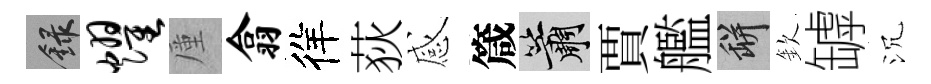
録耀厪翕徉荻感箴簫賈艦瓶欽罅沉